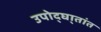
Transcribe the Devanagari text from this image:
उपोद्‌घा्तांत